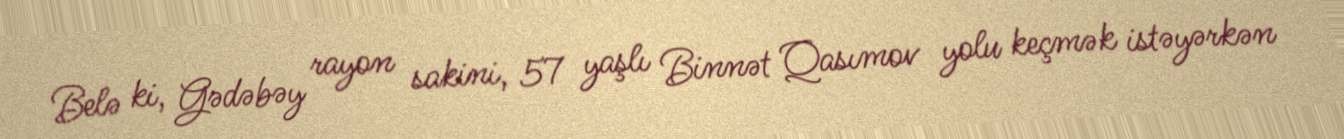
Belə ki, Gədəbəy rayon sakini, 57 yaşlı Binnət Qasımov yolu keçmək istəyərkən